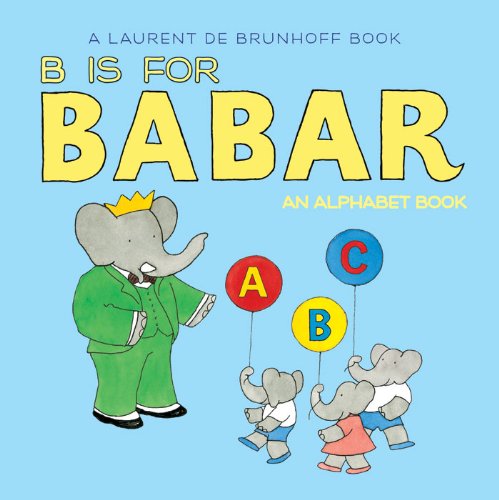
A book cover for B Is for Babar: An Alphabet Book; Laurent de Brunhoff; Children's Books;